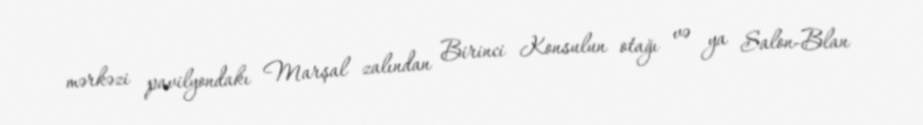
mərkəzi pavilyondakı Marşal zalından Birinci Konsulun otağı və ya Salon-Blan